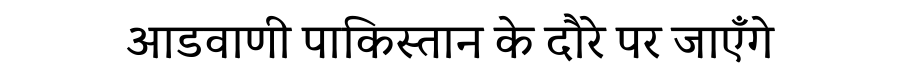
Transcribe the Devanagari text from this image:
आडवाणी पाकिस्तान के दौरे पर जाएँगे